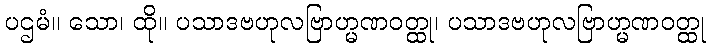
ပဌမံ။ သော၊ ထို။ ပသာဒဗဟုလဗြာဟ္မဏဝတ္ထု၊ ပသာဒဗဟုလဗြာဟ္မဏဝတ္ထု